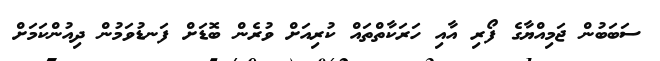
ސަބަބުން ޖަމިއްޔާގެ ފޯރި އާއި ހަރަކާތްތައް ކުރިއަށް ވުރެން ބޮޑަށް ފަނޑުވަމުން ދިއުންކަމަށް